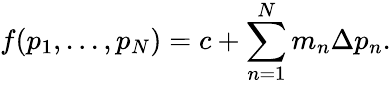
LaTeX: f(p_{1},...,p_{N})=c+\sum_{n=1}^{N}m_{n}\Delta p_{n}.